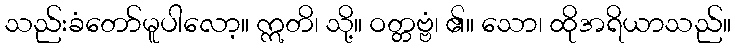
သည်းခံတော်မူပါလော့။ ဣတိ၊ သို့။ ဝတ္တဗ္ဗံ၊ ၏။ သော၊ ထိုအရိယာသည်။